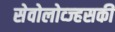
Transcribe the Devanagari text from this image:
सेवोलोव्ज्हसकी